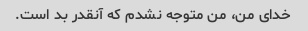
خدای من، من متوجه نشدم که آنقدر بد است.